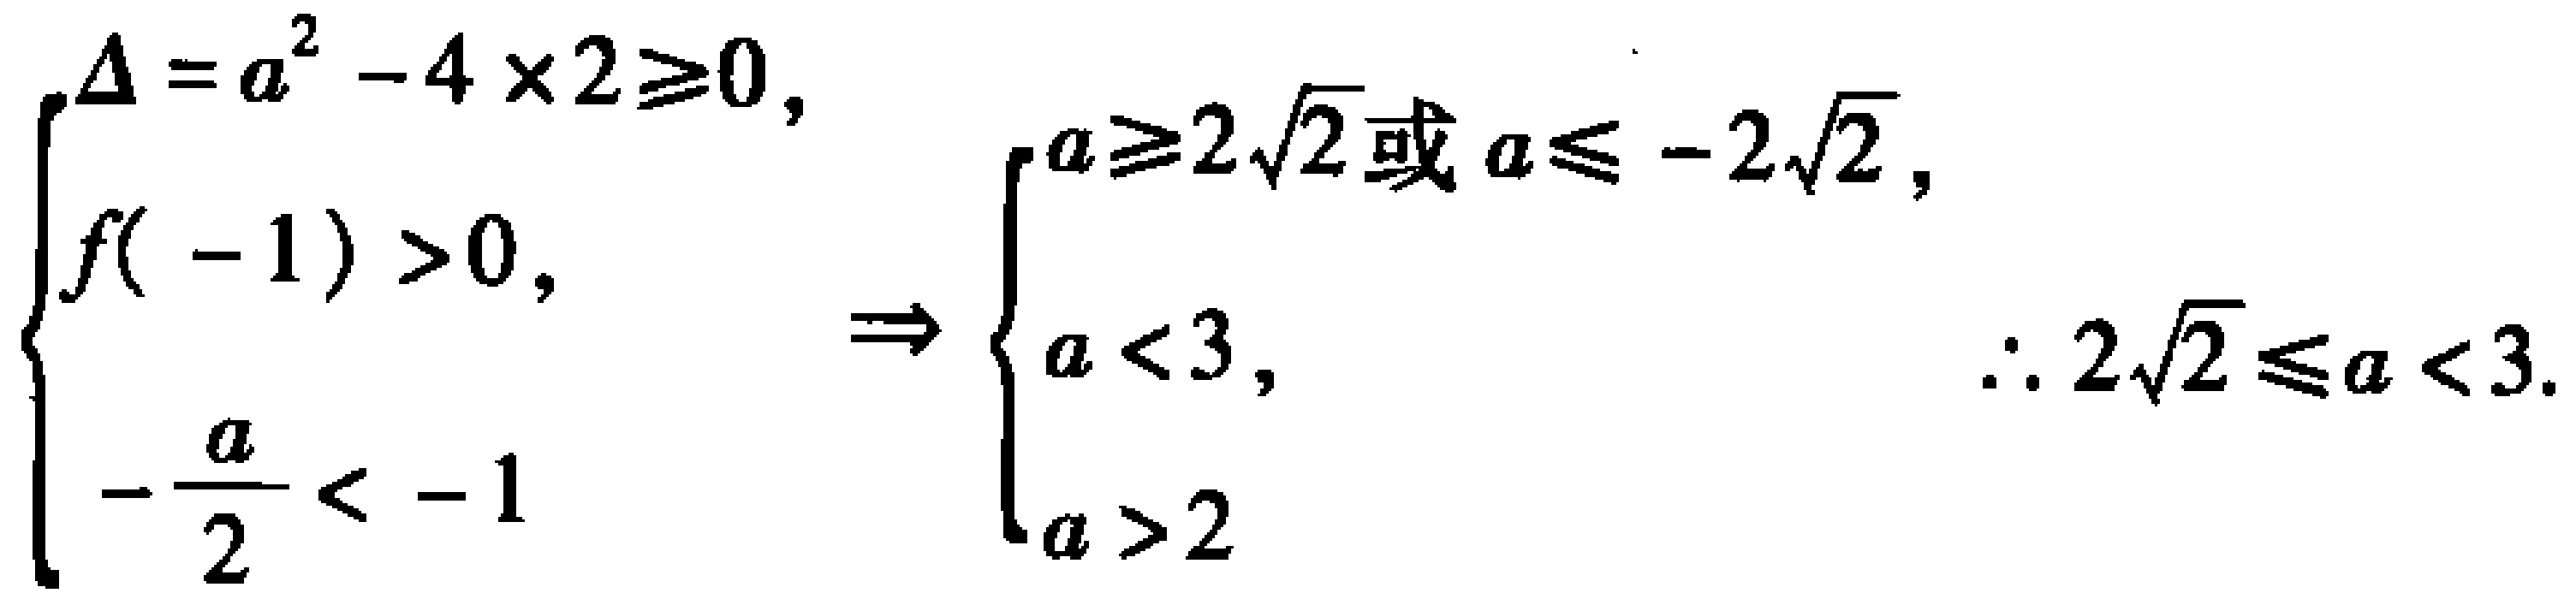
\[\begin{cases}

\Delta = a^{2}-4\times2\geq0,\\

f(-1)>0,\\

-\frac{a}{2} < - 1

\end{cases}

\Rightarrow

\begin{cases}

a\geq2\sqrt{2}\text{ 或 }a\leq - 2\sqrt{2},\\

a < 3,\\

a>2

\end{cases}

\therefore 2\sqrt{2}\leq a < 3.\]